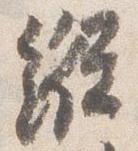
縦